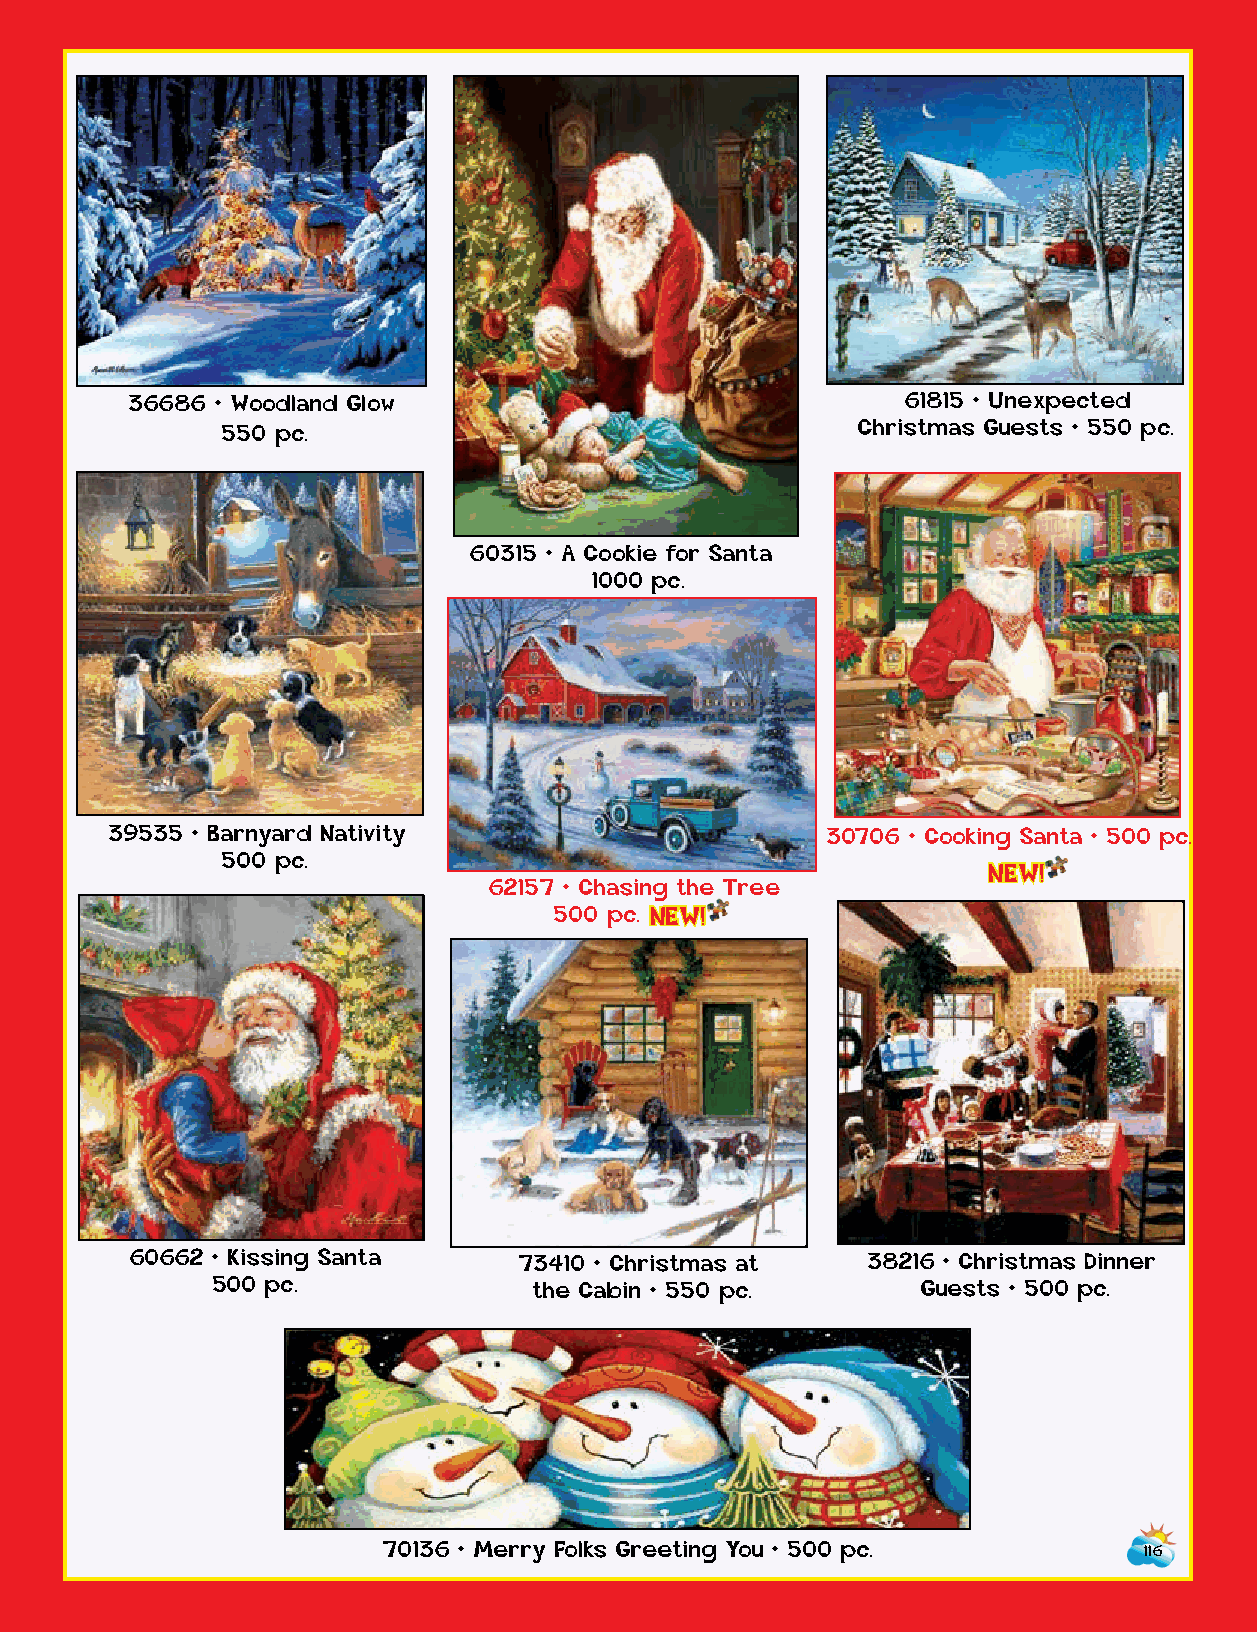
36686 • Woodland Glow                              61815 • Unexpected
 550 pc.                                   Christmas Guests • 550 pc.
 60315 • A Cookie for Santa
 1000 pc.
 39535 • Barnyard Nativity                       30706 • Cooking Santa • 500 pc.
 500 pc.
 NEW!
 62157 • Chasing the Tree
 500 p c . NEW!
 60662 • Kissing Santa    73410 • Christmas at   38216 • Christmas Dinner
 500 pc.              the Cabin • 550 pc.       Guests • 500 pc.
 70136 • Merry Folks Greeting You • 500 pc.         116